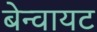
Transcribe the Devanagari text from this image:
बेन्वायट